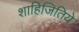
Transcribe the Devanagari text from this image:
शाहिजितिये